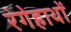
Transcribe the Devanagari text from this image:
रंगेहाथों